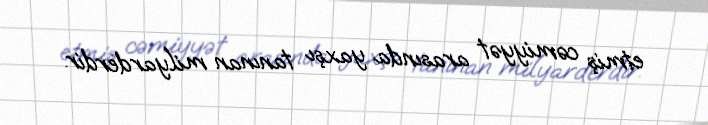
etmiş cəmiyyət arasında yaxşı tanınan milyarderdir.